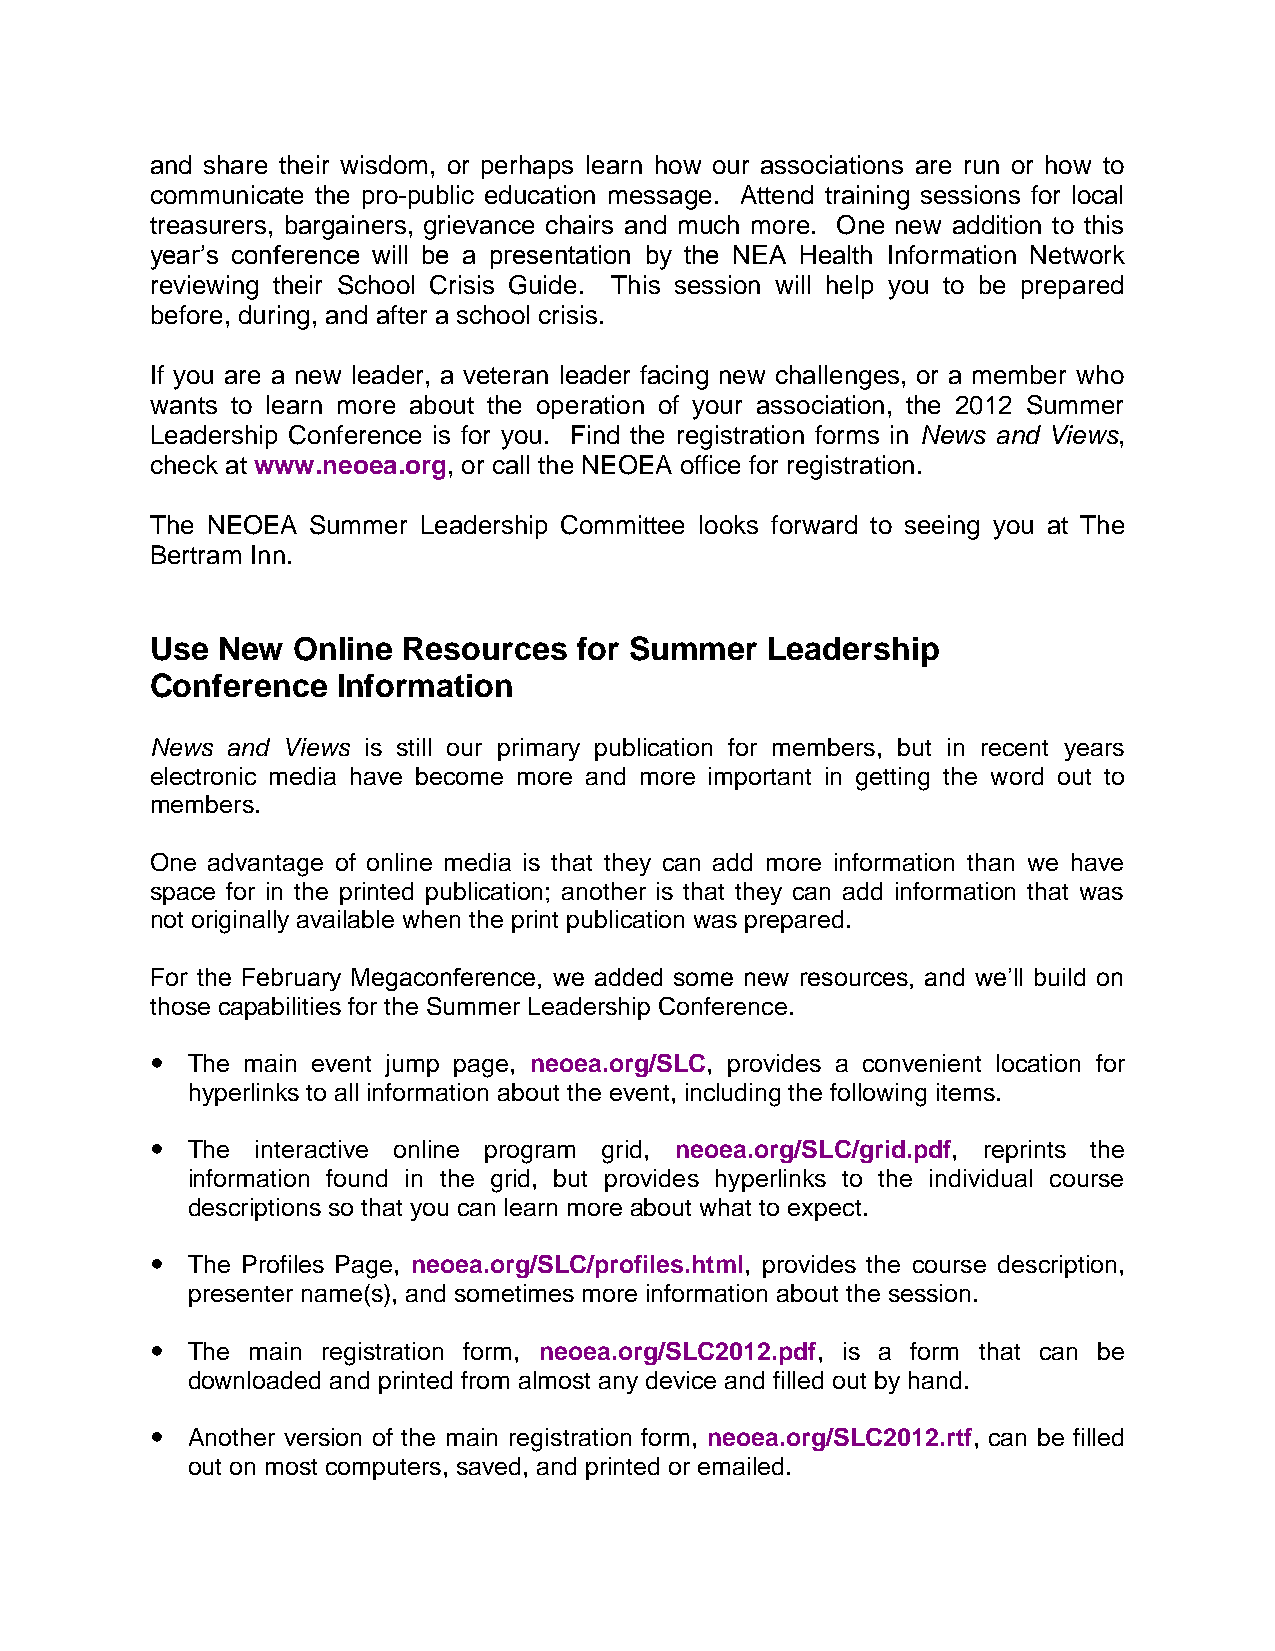
and share their wisdom, or perhaps learn how our associations are run or how to
 communicate the pro-public education message. Attend training sessions for local
 treasurers, bargainers, grievance chairs and much more. One new addition to this
 year’s conference will be a presentation by the NEA Health Information Network
 reviewing their School Crisis Guide. This session will help you to be prepared
 before, during, and after a school crisis.
 If you are a new leader, a veteran leader facing new challenges, or a member who
 wants to learn more about the operation of your association, the 2012 Summer
 Leadership Conference is for you. Find the registration forms in News and Views,
 check at www.neoea.org, or call the NEOEA office for registration.
 The NEOEA  Summer Leadership Committee looks forward to seeing you at The
 Bertram Inn.
 Use New  Online  Resources  for Summer   Leadership
 Conference  Information
 News and Views is still our primary publication for members, but in recent years
 electronic media have become more and more important in getting the word out to
 members.
 One advantage of online media is that they can add more information than we have
 space for in the printed publication; another is that they can add information that was
 not originally available when the print publication was prepared.
 For the February Megaconference, we added some new resources, and we’ll build on
 those capabilities for the Summer Leadership Conference.
  The main event jump page, neoea.org/SLC, provides a convenient location for
 hyperlinks to all information about the event, including the following items.
  The  interactive online program grid, neoea.org/SLC/grid.pdf, reprints the
 information found in the grid, but provides hyperlinks to the individual course
 descriptions so that you can learn more about what to expect.
  The Profiles Page, neoea.org/SLC/profiles.html, provides the course description,
 presenter name(s), and sometimes more information about the session.
  The main registration form, neoea.org/SLC2012.pdf, is a form that can be
 downloaded and printed from almost any device and filled out by hand.
  Another version of the main registration form, neoea.org/SLC2012.rtf, can be filled
 out on most computers, saved, and printed or emailed.